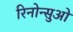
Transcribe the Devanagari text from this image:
रिनोन्सुओ